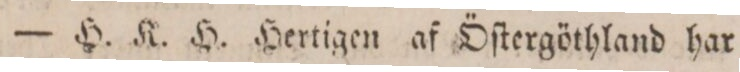
— H. K. H. Hertigen af Öſtergöthland har